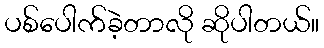
ပစ်ပေါက်ခဲ့တာလို ဆိုပါတယ်။